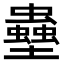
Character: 𫯀